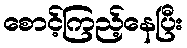
စောင့်ကြည့်နေပြီး